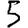
Digit: 5